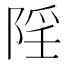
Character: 𨺄